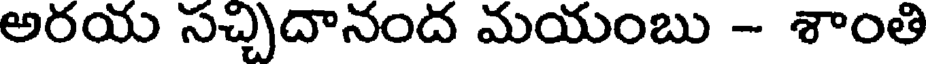
అరయ సచ్చిదానంద మయంబు - శాంతి